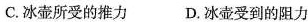
C.冰壶所受的推力 D.冰壶受到的阻力